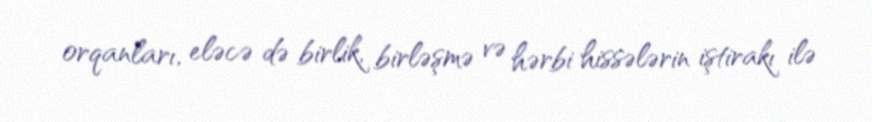
orqanları, eləcə də birlik, birləşmə və hərbi hissələrin iştirakı ilə